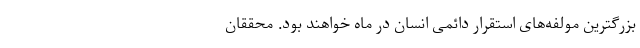
بزرگترین مولفه‌های استقرار دائمی انسان در ماه خواهند بود. محققان